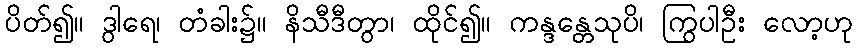
ပိတ်၍။ ဒွါရေ၊ တံခါး၌။ နိသီဒီတွာ၊ ထိုင်၍။ ကန္ဒန္တေသုပိ၊ ကြွပါဦး လော့ဟု